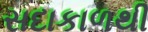
સદાકાળથી